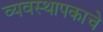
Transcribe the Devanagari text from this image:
व्यवस्थापकाचे